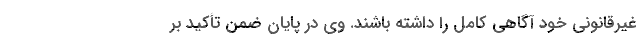
غیرقانونی خود آگاهی کامل را داشته باشند. وی در پایان ضمن تأکید بر